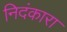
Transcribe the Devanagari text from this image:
निदंकारा